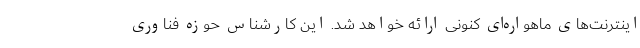
اینترنت‌های ماهواره‌ای کنونی ارائه خواهد شد. این کارشناس حوزه فناوری